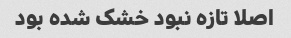
اصلا تازه نبود خشک شده بود